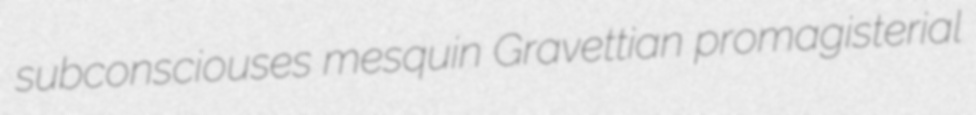
subconsciouses mesquin Gravettian promagisterial